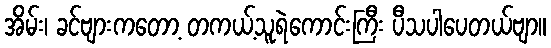
အိမ်း၊ ခင်ဗျားကတော့ တကယ့်သူရဲကောင်းကြီး ပီသပါပေတယ်ဗျာ။